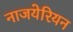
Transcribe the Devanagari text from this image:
नाजयेरियन